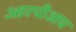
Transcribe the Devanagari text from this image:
आरपीआय